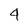
Character: 4